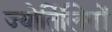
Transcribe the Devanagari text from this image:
ज्योर्तिलिगों